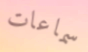
سماعات